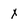
Character: x